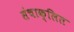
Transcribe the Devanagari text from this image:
संचाक्लित